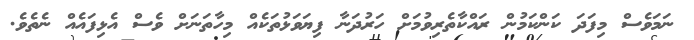
ނަމަވެސް މިފަދަ ކަންކަމުން ރައްކާތެރިވުމަށް ހަރުދަނާ ފިޔަވަޅުތަކެއް މިހާތަނަށް ވެސް އެޅިފައެއް ނެތެވެ.